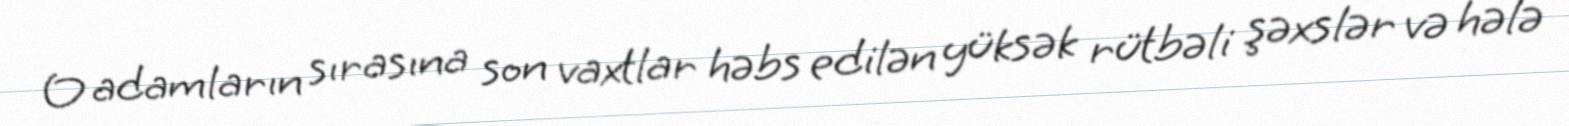
O adamların sırasına son vaxtlar həbs edilən yüksək rütbəli şəxslər və hələ